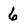
Character: 6